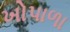
ખોપાળા